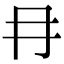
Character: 冄